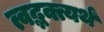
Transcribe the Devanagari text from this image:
त्वद्भक्त्यर्थं